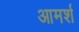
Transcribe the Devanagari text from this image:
आमर्श